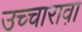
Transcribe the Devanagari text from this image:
उच्चारावा़